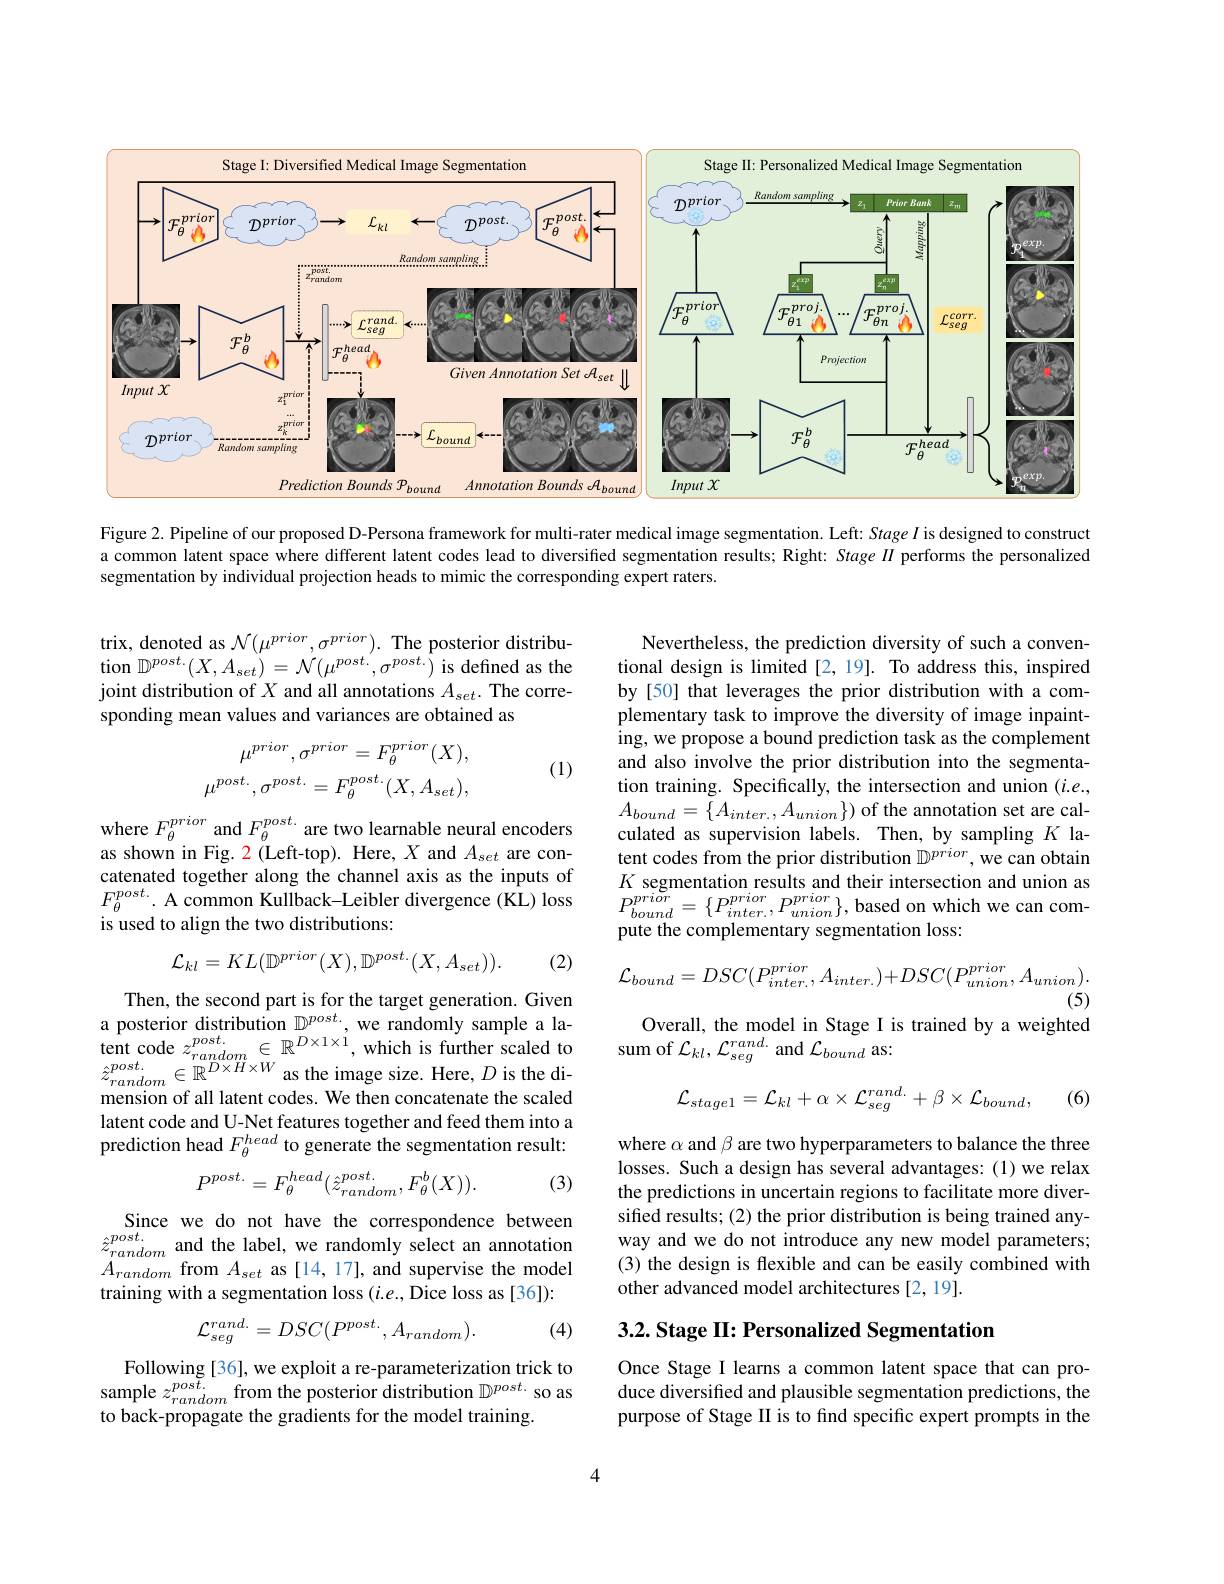
<FigureHere>

Figure 2. Pipeline of our proposed D-Persona framework for multi-rater medical image segmentation. Left: Stage $I$ is designed to construct a common latent space where different latent codes lead to diversified segmentation results; Right: Stage $II$ performs the personalized segmentation by individual projection heads to mimic the corresponding expert raters.

trix, denoted as $\mathcal{N}(\mu^{prior},\sigma^{prior}).$ The posterior distribu- $\begin{array}{l}{\mathrm{tion~}\mathbb{D}^{post.}(X,A_{set})=\mathcal{N}(\mu^{post.},\sigma^{post.})\mathrm{~is~defined~as~the}}\\{\text{joint distribution of }X\mathrm{~and~all~annotations~}A_{set}.\mathrm{~The~corre-}}\end{array}$ sponding mean values and variances are obtained as
$$\begin{aligned}\mu^{prior},\sigma^{prior}&=F_{\theta}^{prior}(X),\\\mu^{post.},\sigma^{post.}&=F_{\theta}^{post.}(X,A_{set}),\end{aligned}$$
(1)

Nevertheless, the prediction diversity of such a conventional design is limited [2,19]. To address this, inspired by[50] that leverages the prior distribution with a complementary task to improve the diversity of image inpaint- $\hat{\mathrm{ing,we~propose~a~bound~prediction~task~as~the~complement}}$ and also involve the prior distribution into the segmentation training. Specifically, the intersection and union $(i.e.$, $A_{bound}=\{A_{inter.},A_{union}\})$ of the annotation set are calculated as supervision labels. Then, by sampling $K$ la- $\hat{\text{tent codes from the prior distribution }\mathbb{D}^{prior}}$,we can obtain $K$ segmentation results and their intersection and union as $\begin{array}{l}{P_{bound}^{prior}=\{P_{inter.}^{prior},P_{union}^{prior}\},\mathrm{~based~on~which~we~can~com-}}\\{\mathrm{pute~the~complementary~segmentation~loss:}}\end{array}$

where $F_\theta^{prior}$ and $F_\theta^{post.}$ are two learnable neural encoders as shown in Fig. $\color{red}{2}$ (Left-top). Here, $X$ and $A_set$ are concatenated together along the channel axis as the inputs of $F_{\theta}^{post.}$ A common Kullback-Leibler divergence (KL) loss is used to align the two distributions:
$$\mathcal{L}_{kl}=KL(\mathbb{D}^{prior}(X),\mathbb{D}^{post.}(X,A_{set})).$$
(2)
$$\mathcal{L}_{bound}=DSC(P_{inter.}^{prior},A_{inter.})+DSC(P_{union}^{prior},A_{union}).$$
(5)

Overall, the model in Stage I is trained by a weighted
sum of $\mathcal{L}_{kl},\mathcal{L}_{seg}^{rand.}$ and $\mathcal{L}_{bound}$ as

Then, the second part is for the target generation. Given a posterior distribution $\mathbb{D}^{post.}$, we randomly sample a la- $\underset{\mathrm{noot}}{\operatorname*{\operatorname*{\operatorname*{\text{tent code }}}}}z_{random}^{post.}\in\mathbb{R}^{D\times1\times1}$,which is further scaled to $\hat{z}_{random}^{post.}\in\mathbb{R}^{D\times H\times W}$ as the image size. Here, $D$ is the dimension of all latent codes. We then concatenate the scaled latent code and U-Net features together and feed them into a prediction head $F_\theta^{head}$ to generate the segmentation result:
$$\mathcal{L}_{stage1}=\mathcal{L}_{kl}+\alpha\times\mathcal{L}_{seg}^{rand.}+\beta\times\mathcal{L}_{bound},$$
(6)
$$P^{post.}=F_{\theta}^{head}(\hat{z}_{random}^{post.},F_{\theta}^{b}(X)).$$
(3)

where $\alpha$ and $\beta$ are two hyperparameters to balance the three losses. Such a design has several advantages:(1) we relax the predictions in uncertain regions to facilitate more diversifed results; (2) the prior distribution is being trained anyway and we do not introduce any new model parameters; (3) the design is flexible and can be easily combined with other advanced model architectures [2,19].

Since we do not have the correspondence between $\hat{z}_{random}^{post.}$and the label, we randomly select an annotation $A_{random}^{unuom}$ from $A_set$ as [14, 17], and supervise the model training with a segmentation loss $(i.e.$,Dice loss as [36]):

$3. 2. \textbf{ Stage II: Personalized Segmentation}$

(4)
$$\mathcal{L}_{seg}^{rand.}=DSC(P^{post.},A_{random}).$$
Following [36], we exploit a re-parameterization trick to sample $z_random^{post.}$ from the posterior distribution $\mathbb{D}^post.$ so as to back-propagate the gradients for the model training.

Once Stage I learns a common latent space that can produce diversified and plausible segmentation predictions, the purpose of Stage II is to find specific expert prompts in the

4